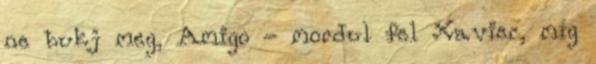
ne bukj meg, Amigo - mordul fel Xavier, míg